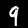
Digit: 9